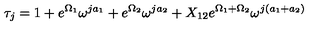
\tau _ { j } = 1 + e ^ { \Omega _ { 1 } } \omega ^ { j a _ { 1 } } + e ^ { \Omega _ { 2 } } \omega ^ { j a _ { 2 } } + X _ { 1 2 } e ^ { \Omega _ { 1 } + \Omega _ { 2 } } \omega ^ { j ( a _ { 1 } + a _ { 2 } ) }